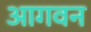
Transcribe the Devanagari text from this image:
आगवन